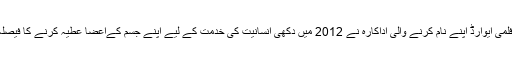
کئی فلمی ایوارڈ اپنے نام کرنے والی اداکارہ نے 2012 میں دکھی انسانیت کی خدمت کے لیے اپنے جسم کےاعضا عطیہ کرنے کا فیصلہ کیا۔